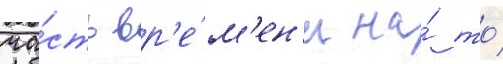
ча́сть вр'е́м'ен'и на́ то́